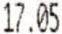
17.05